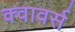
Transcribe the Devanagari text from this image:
क्वावर्स